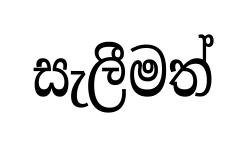
සැලීමත්